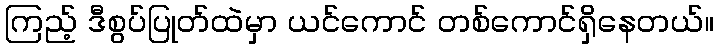
ကြည့် ဒီစွပ်ပြုတ်ထဲမှာ ယင်ကောင် တစ်ကောင်ရှိနေတယ်။